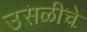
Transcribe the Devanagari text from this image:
उसळीचे